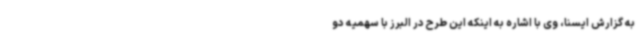
به گزارش ایسنا، وی با اشاره به اینکه این طرح در البرز با سهمیه دو